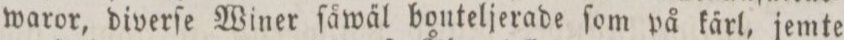
waror, diverſe Winer ſåwäl bonteljerade ſom på kärl, jemte